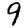
Digit: 9